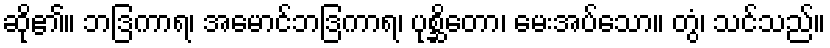
ဆို၏။ ဘဒြကာရ၊ အမောင်ဘဒြကာရ၊ ပုစ္ဆိတော၊ မေးအပ်သော။ တွံ၊ သင်သည်။